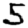
Digit: 5